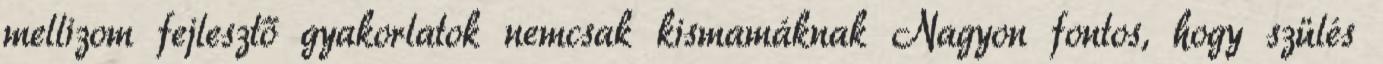
mellizom fejlesztő gyakorlatok nemcsak kismamáknak Nagyon fontos, hogy szülés